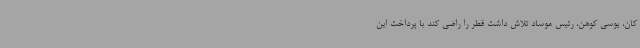
کان، یوسی کوهن، رئیس موساد تلاش داشت قطر را راضی کند با پرداخت این